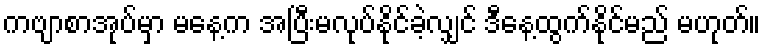
ကဗျာစာအုပ်မှာ မနေ့က အပြီးမလုပ်နိုင်ခဲ့လျှင် ဒီနေ့ထွက်နိုင်မည် မဟုတ်။